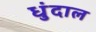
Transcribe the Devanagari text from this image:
धुंदाल